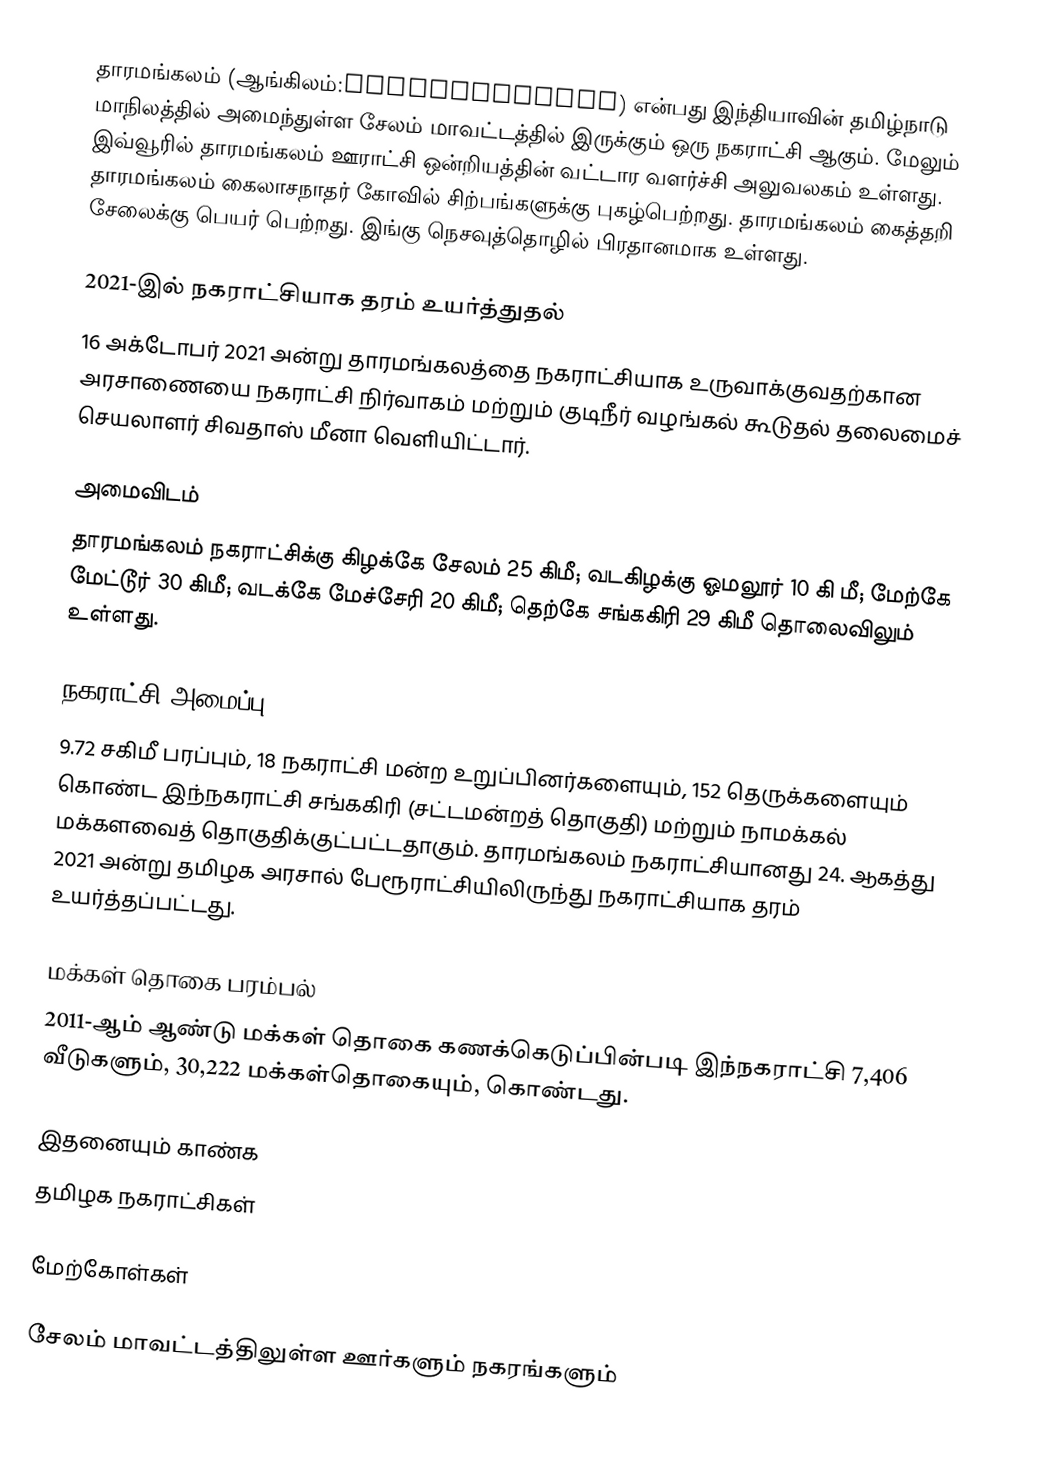
தாரமங்கலம் (ஆங்கிலம்:Tharamangalam) என்பது இந்தியாவின் தமிழ்நாடு மாநிலத்தில் அமைந்துள்ள சேலம் மாவட்டத்தில் இருக்கும் ஒரு  நகராட்சி ஆகும். மேலும் இவ்வூரில் தாரமங்கலம் ஊராட்சி ஒன்றியத்தின் வட்டார வளர்ச்சி அலுவலகம் உள்ளது. தாரமங்கலம் கைலாசநாதர் கோவில் சிற்பங்களுக்கு புகழ்பெற்றது. தாரமங்கலம் கைத்தறி சேலைக்கு பெயர் பெற்றது. இங்கு நெசவுத்தொழில் பிரதானமாக உள்ளது.

2021-இல் நகராட்சியாக தரம் உயர்த்துதல்
16 அக்டோபர் 2021 அன்று தாரமங்கலத்தை நகராட்சியாக உருவாக்குவதற்கான அரசாணையை நகராட்சி நிர்வாகம் மற்றும் குடிநீர் வழங்கல் கூடுதல் தலைமைச் செயலாளர் சிவதாஸ் மீனா வெளியிட்டார்.

அமைவிடம்
தாரமங்கலம் நகராட்சிக்கு கிழக்கே சேலம் 25 கிமீ; வடகிழக்கு ஓமலூர் 10 கி மீ; மேற்கே மேட்டூர் 30 கிமீ; வடக்கே மேச்சேரி 20 கிமீ; தெற்கே சங்ககிரி 29 கிமீ தொலைவிலும் உள்ளது.

நகராட்சி அமைப்பு
9.72 சகிமீ பரப்பும், 18 நகராட்சி மன்ற உறுப்பினர்களையும், 152 தெருக்களையும்  கொண்ட இந்நகராட்சி சங்ககிரி (சட்டமன்றத் தொகுதி) மற்றும் நாமக்கல் மக்களவைத் தொகுதிக்குட்பட்டதாகும். தாரமங்கலம் நகராட்சியானது 24. ஆகத்து 2021 அன்று தமிழக அரசால் பேரூராட்சியிலிருந்து நகராட்சியாக தரம் உயர்த்தப்பட்டது.

மக்கள் தொகை பரம்பல்
2011-ஆம் ஆண்டு மக்கள் தொகை கணக்கெடுப்பின்படி இந்நகராட்சி 7,406 வீடுகளும், 30,222 மக்கள்தொகையும், கொண்டது.

இதனையும் காண்க
தமிழக நகராட்சிகள்

மேற்கோள்கள்

சேலம் மாவட்டத்திலுள்ள ஊர்களும் நகரங்களும்